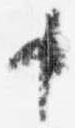
申